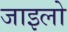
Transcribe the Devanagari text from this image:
जाइलो